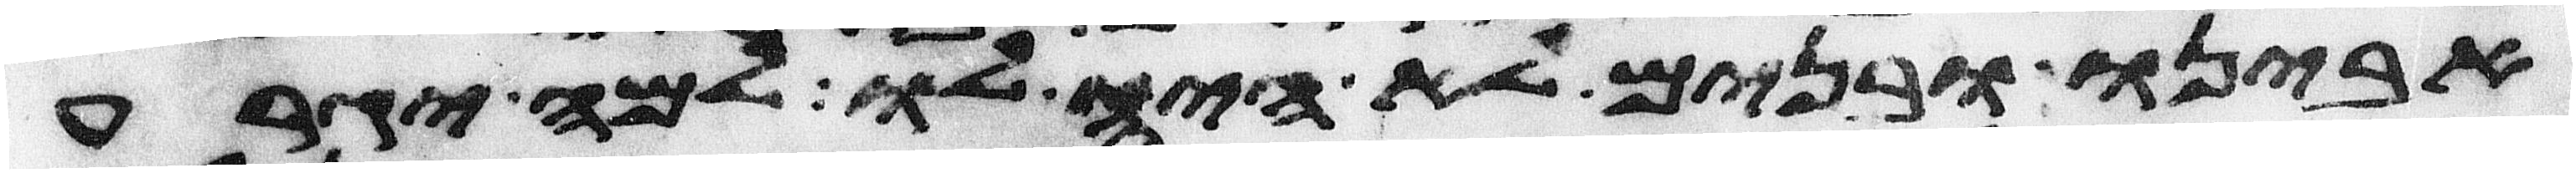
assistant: אבינו ובנים לא היה לו למה יגרע